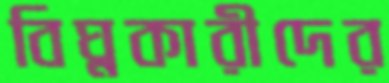
বিঘ্নকারীদের